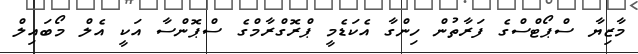
މާޒިޔާ ސްޕޯޓްސްގެ ފަރާތުން ހިންގާ އެކަޑެމީ ޕްރޮގްރާމްގެ ސްޕޮންސާ އަކީ އެލް މޯބައިލް